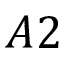
A 2